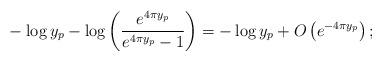
LaTeX: \begin{align*}&-\log y_{p}-\log\bigg(\frac{e^{4\pi y_{p}}}{e^{4\pi y_{p}}-1}\bigg)=-\log y_{p}+O\left(e^{-4\pi y_{p}}\right);\end{align*}